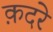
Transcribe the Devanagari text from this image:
क़दरे